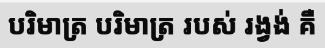
បរិមាត្រ បរិមាត្រ របស់ រង្វង់ គឺ